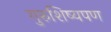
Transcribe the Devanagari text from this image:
गुरुशिष्यपण